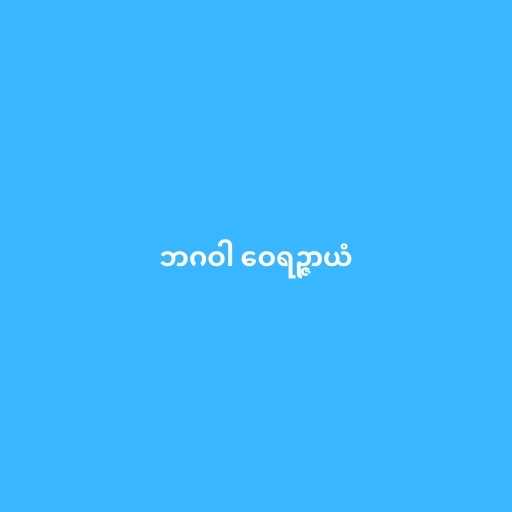
ဘဂဝါ ဝေရဉ္ဇာယံ